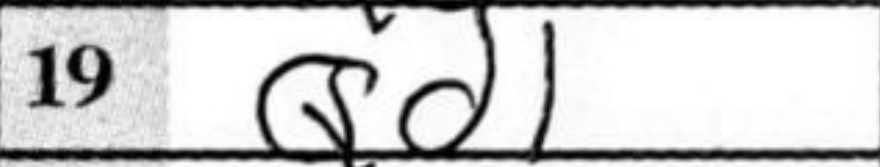
Transcription: Qd1